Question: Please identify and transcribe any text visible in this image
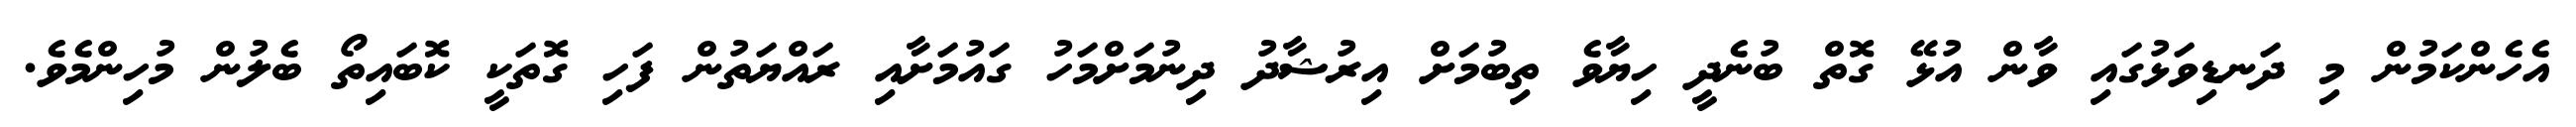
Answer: އެހެންކަމުން މި ދަނޑިވަޅުގައި ވާން އުޅޭ ގޮތް ބުނެދީ ހިޔާވެ ތިބުމަށް އިރުޝާދު ދިނުމަށްމަހު ގައުމަށާއި ރައްޔަތުން ފަހި ގޮތަކީ ކޮބައިތޯ ބެލުން މުހިންމެވެ.